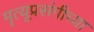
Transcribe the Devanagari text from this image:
मॄत्यूप्रसंगीच्या